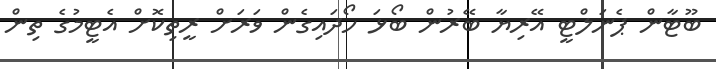
ބޫޓާން ޕެނަލްޓީ އޭރިޔާ ބޭރުން ބޯޅަ ހޯދައިގެން ވަރަށް ރީތިކޮށް އެޓީމުގެ ތިން